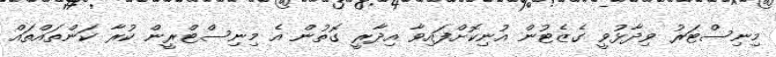
މިނިސްޓަރު ވިދާޅުވީ ގެޒެޓުން އުނިކޮށްފައިވާ އިދާރީ ގޮތުން އެ މިނިސްޓްރީން ކުރާ ކަންތައްތައް